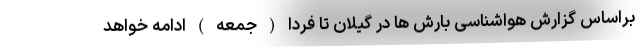
براساس گزارش هواشناسی بارش ها در گیلان تا فردا ( جمعه ) ادامه خواهد